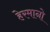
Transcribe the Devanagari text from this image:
हेरमानो